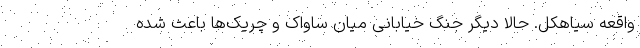
واقعه سیاهکل. حالا دیگر جنگ خیابانی میان ساواک و چریک‌ها باعث شده